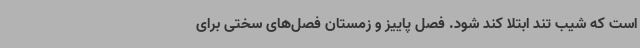
است که شیب تند ابتلا کند شود. فصل پاییز و زمستان فصل‌های سختی برای